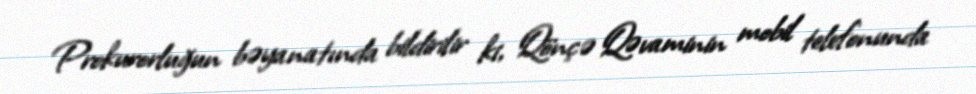
Prokurorluğun bəyanatında bildirilir ki, Qönçə Qəvaminin mobil telefonunda